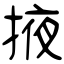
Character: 掖